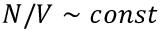
N / V \sim c o n s t